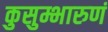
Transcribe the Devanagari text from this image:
कुसुम्भारुणं